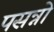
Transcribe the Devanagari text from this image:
पसन्नो